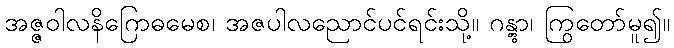
အဇ္ဇဝါလနိဂြောဓမေစ၊ အဇပါလညောင်ပင်ရင်းသို့။ ဂန္တွာ၊ ကြွတော်မူ၍။